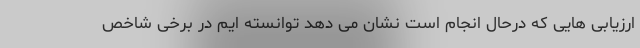
ارزیابی هایی که درحال انجام است نشان می دهد توانسته ایم در برخی شاخص